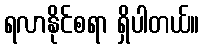
ရလာနိုင်စရာ ရှိပါတယ်။